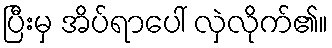
ပြီးမှ အိပ်ရာပေါ် လှဲလိုက်၏။